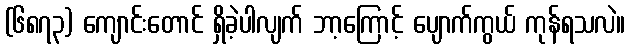
(၆၈၇၃) ကျောင်းတောင် ရှိခဲ့ပါလျက် ဘာ့ကြောင့် ပျောက်ကွယ် ကုန်ရသလဲ။